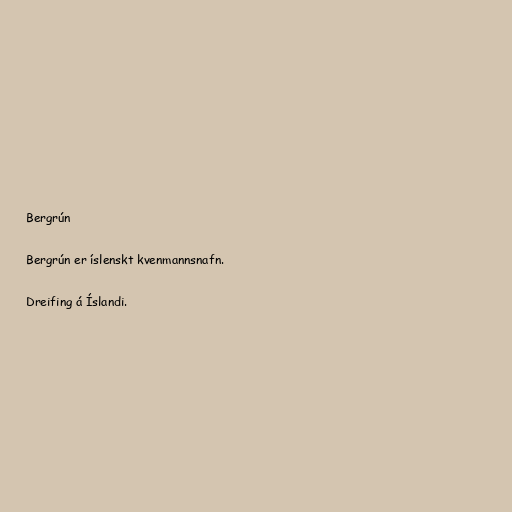
Bergrún

Bergrún er íslenskt kvenmannsnafn.

Dreifing á Íslandi.